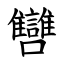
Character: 㘜